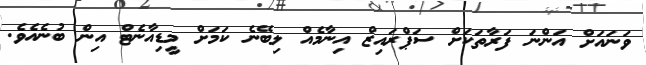
ވަނައަށް އަންނަ ފަރާތަކަށް ސަޕްރައިޒް އިނާމެއް ލިބޭނެ ކަމަށް މީޑިއާނެޓް އިން ބުނެއެވެ.